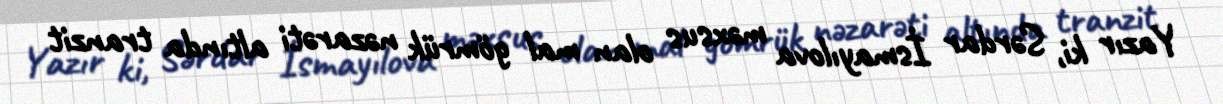
Yazır ki, Sərdar İsmayılova məxsus olan mal gömrük nəzarəti altında tranzit